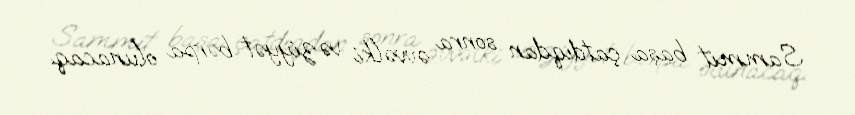
Sammit başa çatdıqdan sonra əvvəlki vəziyyət bərpa olunacaq.